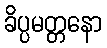
ခိပ္ပမတ္တနော